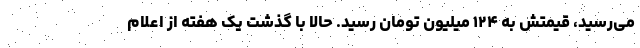
می‌رسید، قیمتش به ۱۲۴ میلیون تومان رسید. حالا با گذشت یک هفته از اعلام